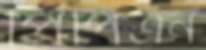
পিপিএন